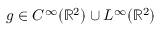
g \in C ^ { \infty } ( \mathbb R ^ { 2 } ) \cup L ^ { \infty } ( \mathbb R ^ { 2 } )